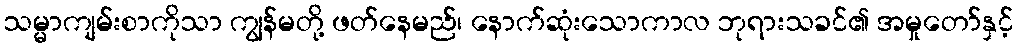
သမ္မာကျမ်းစာကိုသာ ကျွန်မတို့ ဖတ်နေမည်၊ နောက်ဆုံးသောကာလ ဘုရားသခင်၏ အမှုတော်နှင့်